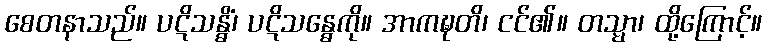
စေတနာသည်။ ပဋိသန္ဓိံ၊ ပဋိသန္ဓေကို။ အာကဍ္ဎတိ၊ ငင်၏။ တသ္မာ၊ ထို့ကြောင့်။